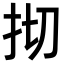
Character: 𢪃